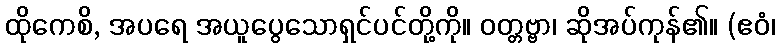
ထိုကေစိ, အပရေ အယူပွေသောရှင်ပင်တို့ကို။ ဝတ္တဗ္ဗာ၊ ဆိုအပ်ကုန်၏။ (ဧဝံ၊